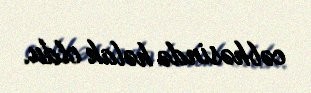
cəbhəsində həlak oldu.